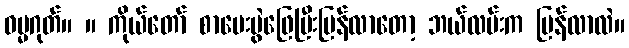
ဓမ္မဂုတ်။ ။ ကိုယ်တော် စာမေးပွဲဖြေပြီးပြန်လာတော့ ဘယ်လမ်းက ပြန်လာလဲ။